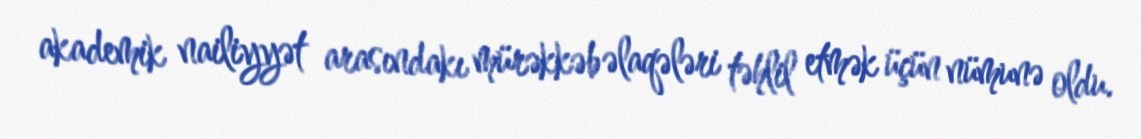
akademik nailiyyət arasındakı mürəkkəb əlaqələri təhlil etmək üçün nümunə oldu.